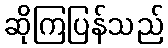
ဆိုကြပြန်သည်